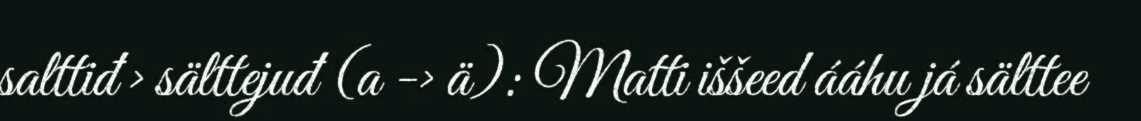
salttiđ > sälttejuđ (a -> ä): Matti iššeed ááhu já sälttee